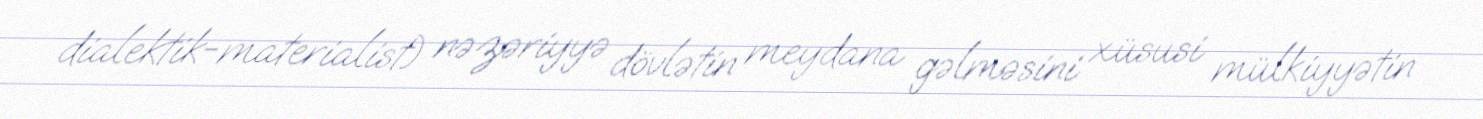
dialektik-materialist) nəzəriyyə dövlətin meydana gəlməsini xüsusi mülkiyyətin